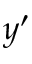
y ^ { \prime }